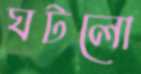
ঘটলো